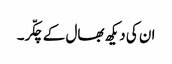
ان کی دیکھ بھال کے چکّر۔